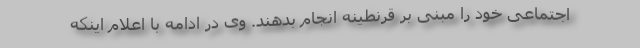
اجتماعی خود را مبنی بر قرنطینه انجام بدهند. وی در ادامه با اعلام اینکه